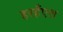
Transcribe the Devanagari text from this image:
हरहँएश